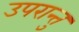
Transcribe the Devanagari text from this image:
उपरान्तु